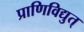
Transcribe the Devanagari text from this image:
प्राणिविद्युत्